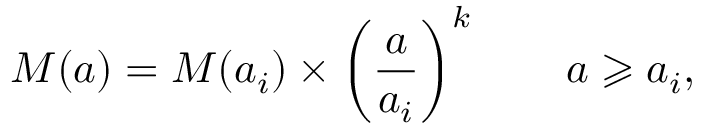
M ( a ) = M ( a _ { i } ) \times \left( \frac { a } { a _ { i } } \right) ^ { k } \qquad a \geqslant a _ { i } ,